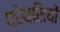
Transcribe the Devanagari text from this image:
प्रेयसियों